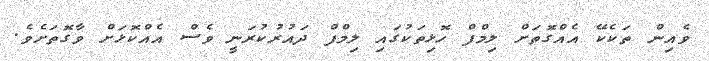
ވެއިން ތަކެކޭ އެއްގޮތަށް ލިމްފް ހޮޅިތަކުގައި ލިމްފް ދައުރުކުރަނީ ވެސް އެއްކޮޅަށް ވާގޮތަށެވެ.